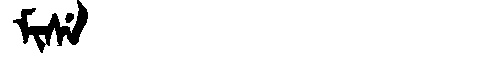
Manchu: ᠮᡳᠰᡝ
Romanization: MISE